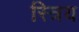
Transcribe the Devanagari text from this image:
स्त्रिय